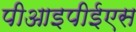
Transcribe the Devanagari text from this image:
पीआइपीईएस